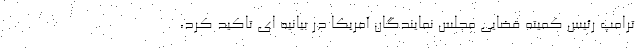
ترامپ رئیس کمیته قضایی مجلس نمایندگان آمریکا در بیانیه ای تاکید کرد،